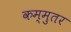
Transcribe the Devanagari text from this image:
कम्मुतर